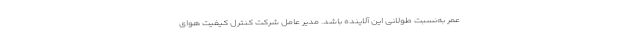
عمر به‌نسبت طولانی این آلاینده باشد. مدیر عامل شرکت کنترل کیفیت هوای